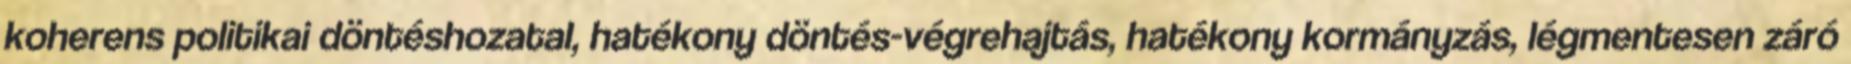
koherens politikai döntéshozatal, hatékony döntés-végrehajtás, hatékony kormányzás, légmentesen záró